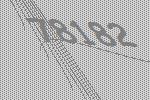
78182